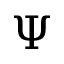
\boldsymbol { \Psi }